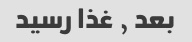
بعد ٫ غذا رسید